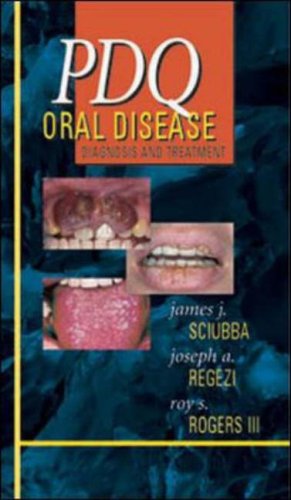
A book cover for PDQ Oral Disease Diagnosis and Treatment; James J. Scuibba; Medical Books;